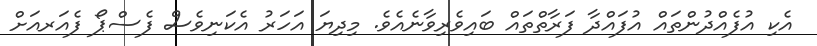
އެކި އުފެއްދުންތައް އުފައްދާ ފަރާތްތައް ބައިވެރިވާނެއެވެ. މިދިޔަ އަހަރު އެކަނިވެސް ފެސްޕޯ ފެއަރއަށް